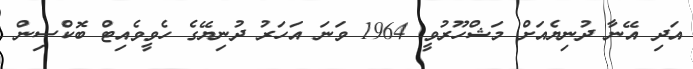
އަދި އޭނާ ދުނިޔެއަށް މަޝްހޫރުވީ 1964 ވަނަ އަހަރު ދުނިޔޭގެ ހެވީވެއިޓް ބޮކްސިން